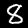
Label: 8